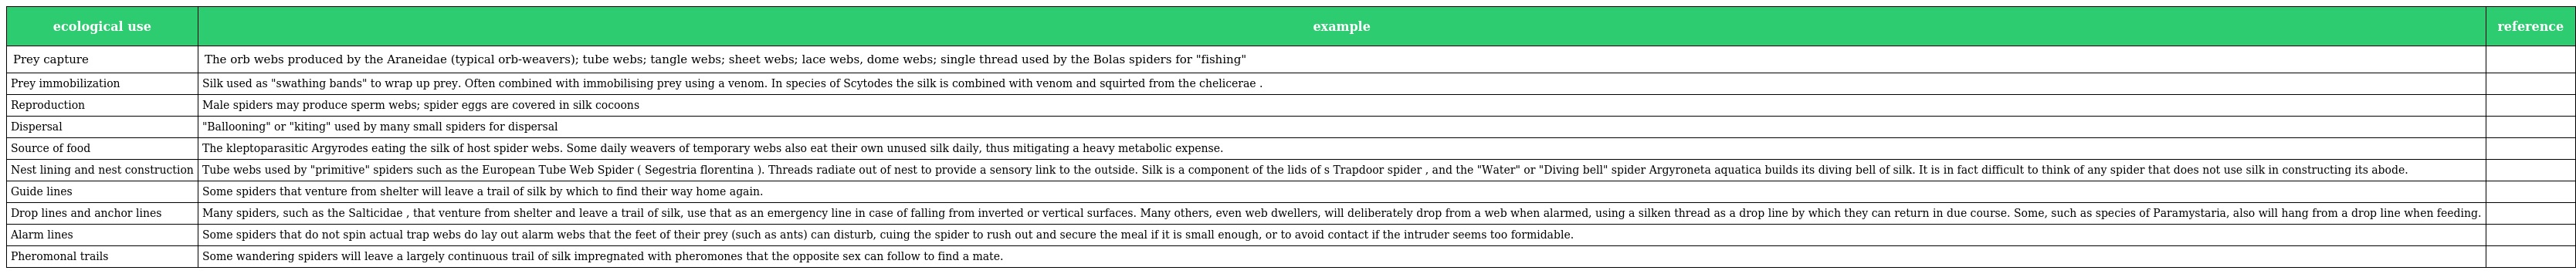
| ecological use | example | reference |
 | --- | --- | --- |
 | Prey capture | The orb webs produced by the Araneidae (typical orb-weavers); tube webs; tangle webs; sheet webs; lace webs, dome webs; single thread used by the Bolas spiders for "fishing" |  |
 | Prey immobilization | Silk used as "swathing bands" to wrap up prey. Often combined with immobilising prey using a venom. In species of Scytodes the silk is combined with venom and squirted from the chelicerae . |  |
 | Reproduction | Male spiders may produce sperm webs; spider eggs are covered in silk cocoons |  |
 | Dispersal | "Ballooning" or "kiting" used by many small spiders for dispersal |  |
 | Source of food | The kleptoparasitic Argyrodes eating the silk of host spider webs. Some daily weavers of temporary webs also eat their own unused silk daily, thus mitigating a heavy metabolic expense. |  |
 | Nest lining and nest construction | Tube webs used by "primitive" spiders such as the European Tube Web Spider ( Segestria florentina ). Threads radiate out of nest to provide a sensory link to the outside. Silk is a component of the lids of s Trapdoor spider , and the "Water" or "Diving bell" spider Argyroneta aquatica builds its diving bell of silk. It is in fact difficult to think of any spider that does not use silk in constructing its abode. |  |
 | Guide lines | Some spiders that venture from shelter will leave a trail of silk by which to find their way home again. |  |
 | Drop lines and anchor lines | Many spiders, such as the Salticidae , that venture from shelter and leave a trail of silk, use that as an emergency line in case of falling from inverted or vertical surfaces. Many others, even web dwellers, will deliberately drop from a web when alarmed, using a silken thread as a drop line by which they can return in due course. Some, such as species of Paramystaria, also will hang from a drop line when feeding. |  |
 | Alarm lines | Some spiders that do not spin actual trap webs do lay out alarm webs that the feet of their prey (such as ants) can disturb, cuing the spider to rush out and secure the meal if it is small enough, or to avoid contact if the intruder seems too formidable. |  |
 | Pheromonal trails | Some wandering spiders will leave a largely continuous trail of silk impregnated with pheromones that the opposite sex can follow to find a mate. |  |